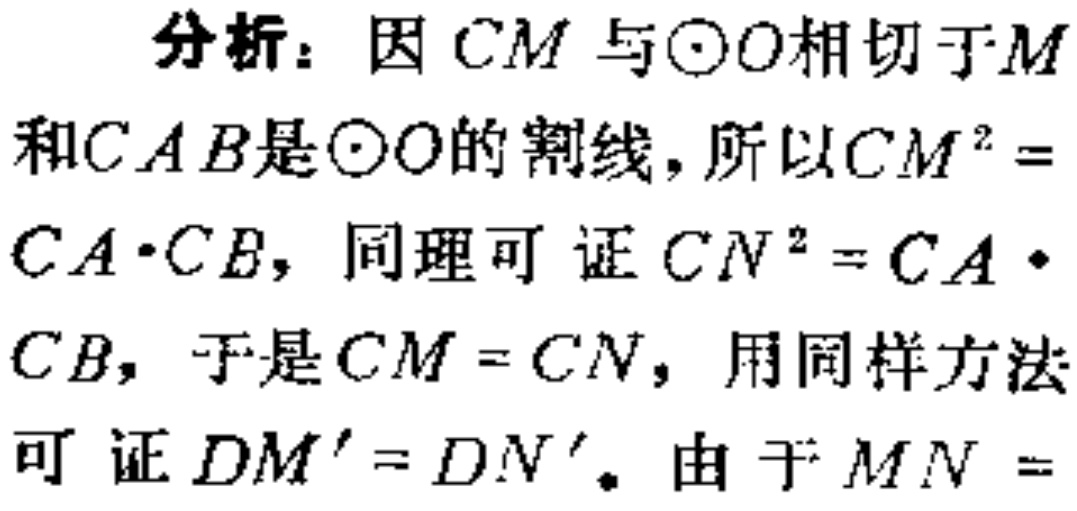
分析：因 \(CM\) 与\(\odot O\)相切于\(M\)和\(CAB\)是\(\odot O\)的割线，所以\(CM^{2} = CA\cdot CB\)，同理可证\(CN^{2} = CA\cdot CB\)，于是\(CM = CN\)，用同样方法可证 \(DM^{\prime}=DN^{\prime}\)。由于 \(MN =\)